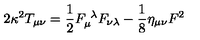
2 \kappa ^ { 2 } T _ { \mu \nu } = \frac { 1 } { 2 } F _ { \mu } ^ { \ \lambda } F _ { \nu \lambda } - \frac { 1 } { 8 } \eta _ { \mu \nu } F ^ { 2 }